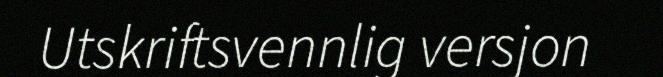
Utskriftsvennlig versjon